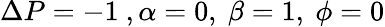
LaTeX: \Delta P=-1~,\alpha=0,~\beta=1,~\phi=0